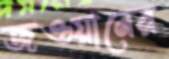
জওয়ানের